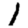
Digit: 1